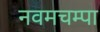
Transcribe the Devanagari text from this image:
नवमचम्पा